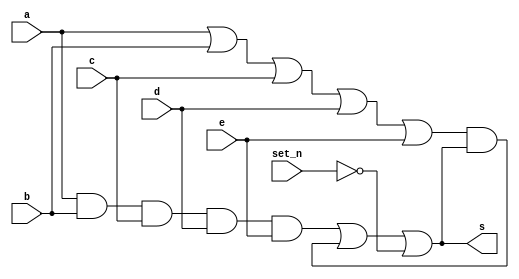
`timescale 1ns/1ns
module muller_5input_set
			#(parameter DELAY=0)(input set_n,a,b,c,d,e,
							output s);
							
							
							
wire w1,w2,w3;


or(w1,a,b,c,d,e);
and(w2,a,b,c,d,e);
and(w3,w1,s);
or #(DELAY)(s,w2,w3,~set_n);

endmodule